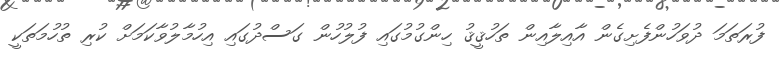
ފުރަތަމަ ދުވަހުންފެށިގެން އާއިލާއިން ތަހުޤީޤު ހިންގުމުގައި ފުލުހުން ގަސްދުގައި އިހުމާލުވާކަމަށް ކުރި ތުހުމަތަކީ